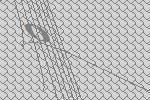
0